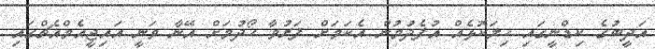
އަދީބުގެ ކިޑްނީގައި ހިލަކޮޅެއް އުފެދުމުން އެކަމަށް ފަރުވާ ހޯދުމަށް އޭނާ ވަނީ އައިޖީއެމްއެޗްގައި